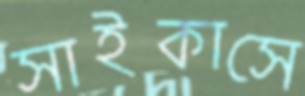
সাইকাসে